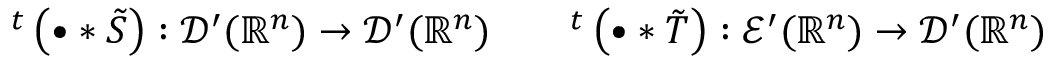
^ { t } \left( \bullet \ast { \tilde { S } } \right) : { \mathcal { D } } ^ { \prime } ( \mathbb { R } ^ { n } ) \to { \mathcal { D } } ^ { \prime } ( \mathbb { R } ^ { n } ) \qquad ^ { t } \left( \bullet \ast { \tilde { T } } \right) : { \mathcal { E } } ^ { \prime } ( \mathbb { R } ^ { n } ) \to { \mathcal { D } } ^ { \prime } ( \mathbb { R } ^ { n } )